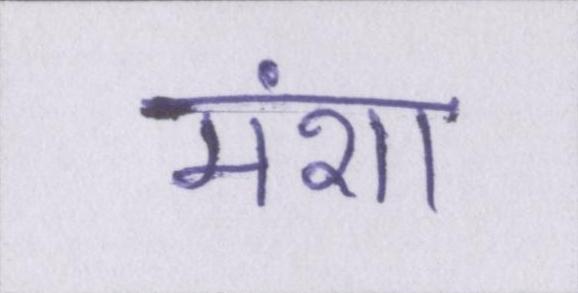
मंशा